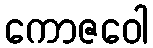
ကောဇဝေါ